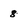
Character: 8